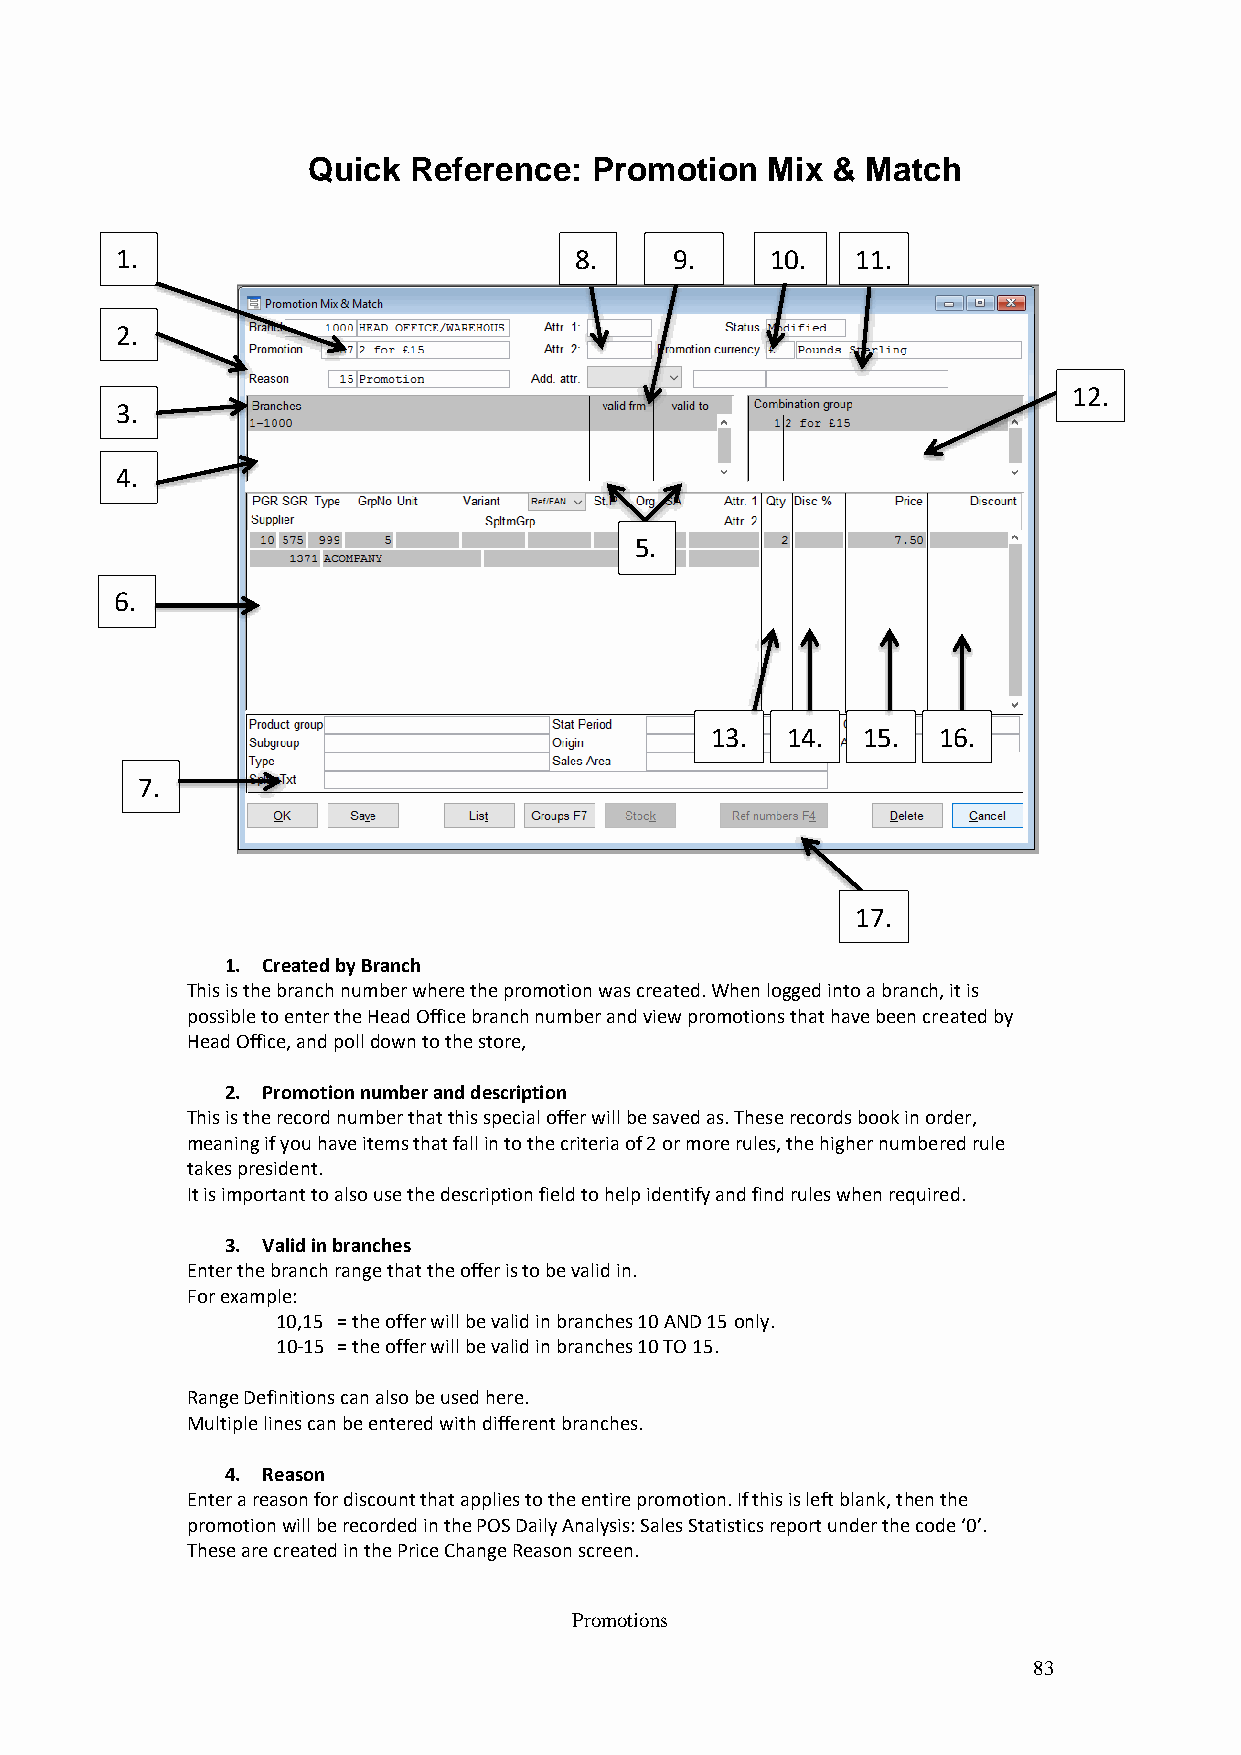
Quick  Reference:  Promotion   Mix & Match
 1.                            8.     9.    10.   11.
 2.
 12.
 3.
 4.
 5.
 6.
 13.  14.  15.  16.
 7.
 17.
 1. Created by Branch
 This is the branch number where the promotion was created. When logged into a branch, it is
 possible to enter the Head Office branch number and view promotions that have been created by
 Head Office, and poll down to the store,
 2. Promotion number and description
 This is the record number that this special offer will be saved as. These records book in order,
 meaning if you have items that fall in to the criteria of 2 or more rules, the higher numbered rule
 takes president.
 It is important to also use the description field to help identify and find rules when required.
 3. Valid in branches
 Enter the branch range that the offer is to be valid in.
 For example:
 10,15 = the offer will be valid in branches 10 AND 15 only.
 10-15 = the offer will be valid in branches 10 TO 15.
 Range Definitions can also be used here.
 Multiple lines can be entered with different branches.
 4. Reason
 Enter a reason for discount that applies to the entire promotion. If this is left blank, then the
 promotion will be recorded in the POS Daily Analysis: Sales Statistics report under the code ‘0’.
 These are created in the Price Change Reason screen.
 Promotions
 83